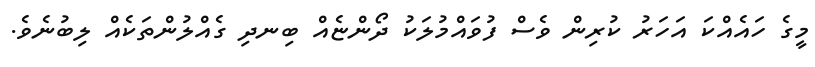
މީގެ ހައެއްކަ އަހަރު ކުރިން ވެސް ފުވައްމުލަކު ދޯންޏެއް ބިނދި ގެއްލުންތަކެއް ލިބުނެވެ.